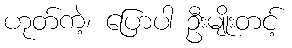
ဟုတ်ကဲ့၊ ပြောပါ ဦးမျိုးတင့်